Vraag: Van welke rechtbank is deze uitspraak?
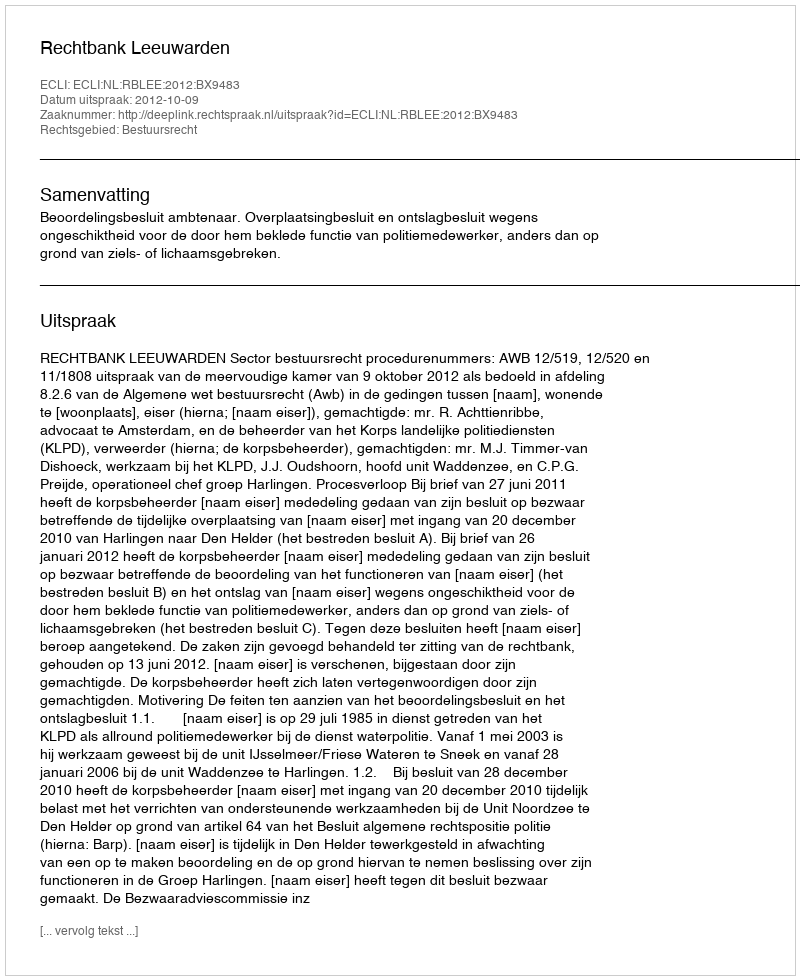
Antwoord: Rechtbank Leeuwarden